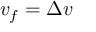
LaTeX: v _ { f } = \Delta v